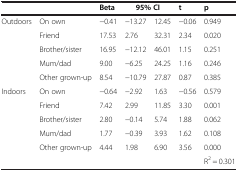
|  |  | Beta | <COLSPAN=2> 95% CI | t | p |
 | --- | --- | --- | --- | --- | --- | --- |
 | Outdoors | On own | −0.41 | −13.27 | 12.45 | −0.06 | 0.949 |
 |  | Friend | 17.53 | 2.76 | 32.31 | 2.34 | 0.020 |
 |  | Brother/sister | 16.95 | −12.12 | 46.01 | 1.15 | 0.251 |
 |  | Mum/dad | 9.00 | −6.25 | 24.25 | 1.16 | 0.246 |
 |  | Other grown-up | 8.54 | −10.79 | 27.87 | 0.87 | 0.385 |
 | Indoors | On own | −0.64 | −2.92 | 1.63 | −0.56 | 0.579 |
 |  | Friend | 7.42 | 2.99 | 11.85 | 3.30 | 0.001 |
 |  | Brother/sister | 2.80 | −0.14 | 5.74 | 1.88 | 0.062 |
 |  | Mum/dad | 1.77 | −0.39 | 3.93 | 1.62 | 0.108 |
 |  | Other grown-up | 4.44 | 1.98 | 6.90 | 3.56 | 0.000 |
 |  |  |  |  |  |  | R2 = 0.301 |